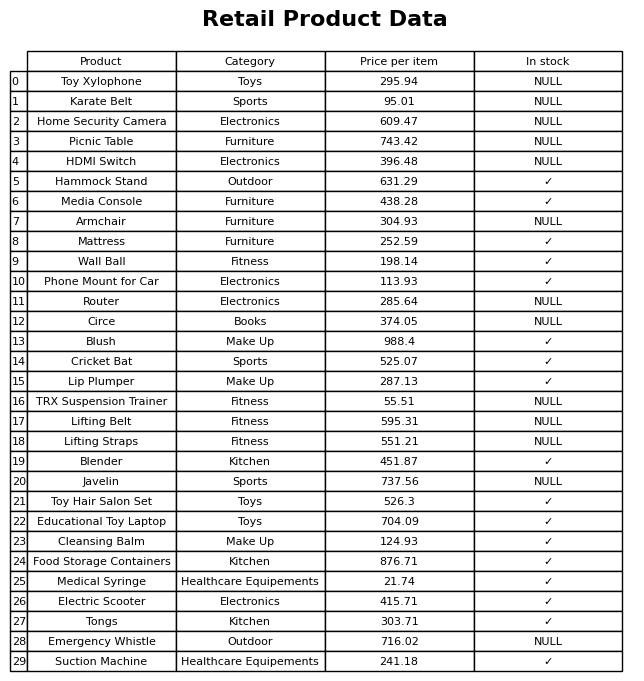
question: What is the price for Mattress?
answer: The price of Mattress is 252.59.